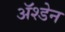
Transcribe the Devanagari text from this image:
ॲश्डेन